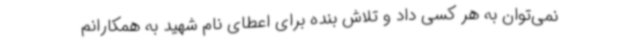
نمی‌توان به هر کسی داد و تلاش بنده برای اعطای نام شهید به همکارانم